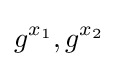
g^{x_{1}},g^{x_{2}}